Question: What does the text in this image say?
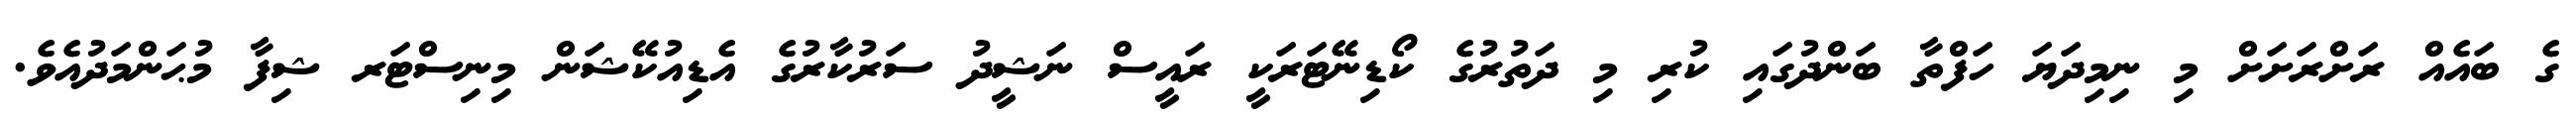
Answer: ގެ ބައެއް ރަށްރަށަށް މި ނިމިދަޔަ ހަފްތާ ބަންދުގައި ކުރި މި ދަތުރުގެ ކޯޑިނޭޓަރަކީ ރައީސް ނަޝީދު ސަރުކާރުގެ އެޑިއުކޭޝަން މިނިސްޓަރ ޝިފާ މުޙަންމަދުއެވެ.